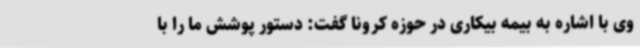
وی با اشاره به بیمه بیکاری در حوزه کرونا گفت: دستور پوشش ما را با